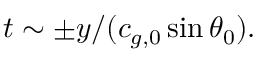
t \sim \pm y / ( c _ { g , 0 } \sin \theta _ { 0 } ) .